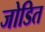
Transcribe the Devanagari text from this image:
जोडित